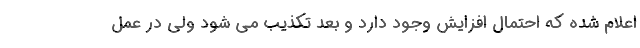
اعلام شده که احتمال افزایش وجود دارد و بعد تکذیب می شود ولی در عمل